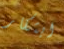
ابتكار